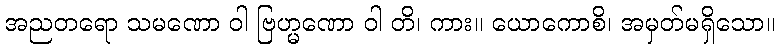
အညတရော သမဏော ဝါ ဗြဟ္မဏော ဝါ တိ၊ ကား။ ယောကောစိ၊ အမှတ်မရှိသော။